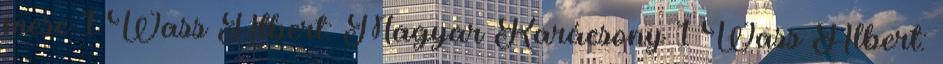
mese 1 Wass Albert: Magyar Karácsony 1 Wass Albert: